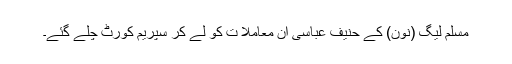
مسلم لیگ (نون) کے حنیف عباسی ان معاملا ت کو لے کر سپریم کورٹ چلے گئے۔